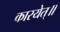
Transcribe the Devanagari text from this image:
कारयेत्॥